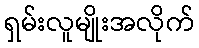
ရှမ်းလူမျိုးအလိုက်